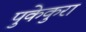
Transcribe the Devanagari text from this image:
पुकेकुरा